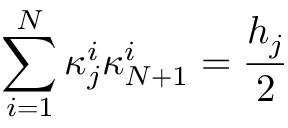
\sum _ { i = 1 } ^ { N } \kappa _ { j } ^ { i } \kappa _ { N + 1 } ^ { i } = \frac { h _ { j } } { 2 }